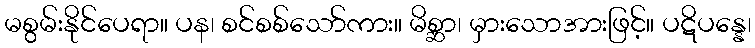
မစွမ်းနိုင်ပေရာ။ ပန၊ စင်စစ်သော်ကား။ မိစ္ဆာ၊ မှားသောအားဖြင့်။ ပဋိပန္နေ၊